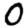
Digit: 0